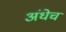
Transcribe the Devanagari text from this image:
अंधेच